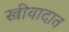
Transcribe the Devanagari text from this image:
स्त्रीवादात